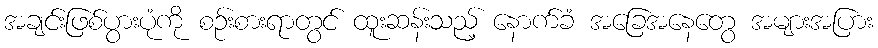
အချင်းဖြစ်ပွားပုံကို စဉ်းစားရာတွင် ထူးဆန်းသည့် နောက်ခံ အခြေအနေတွေ အများအပြား